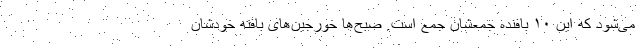
می‌شود که این ۱۰ بافنده جمعشان جمع است. صبح‌ها خورجین‌های بافته خودشان